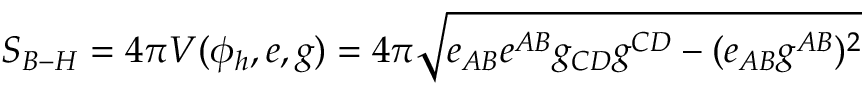
S _ { B - H } = 4 \pi V ( \phi _ { h } , e , g ) = 4 \pi \sqrt { e _ { A B } e ^ { A B } g _ { C D } g ^ { C D } - ( e _ { A B } g ^ { A B } ) ^ { 2 } }